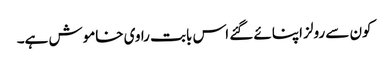
کون سے رولز اپنائے گئے اس بابت راوی خاموش ہے۔